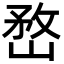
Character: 嵍